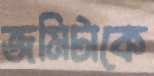
জমিটাকে